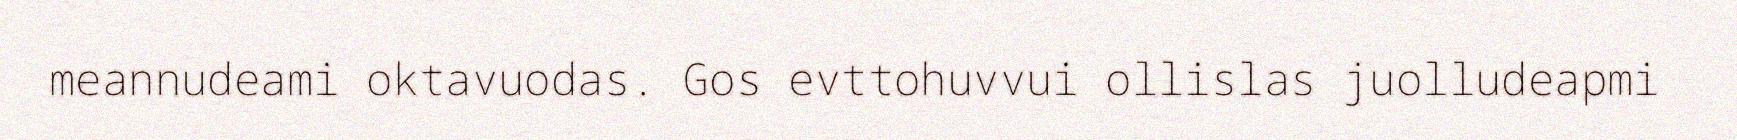
meannudeami oktavuodas. Gos evttohuvvui ollislas juolludeapmi